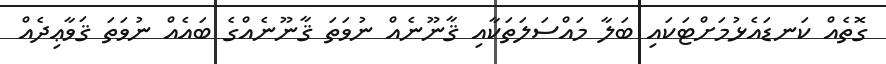
ގޮތެއް ކަނޑައެޅުމަށްޓަކައި ބަލާ މައްސަލަތަކާއި ޤާނޫނެއް ނުވަތަ ޤާނޫނެއްގެ ބައެއް ނުވަތަ ޤަވާޢިދެއް